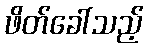
ဖိတ်ခေါ်သည့်